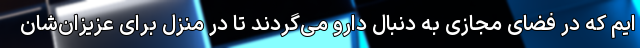
ایم که در فضای مجازی به دنبال دارو می‌گردند تا در منزل برای عزیزان‌شان